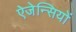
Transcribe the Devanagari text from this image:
ऐजेन्सियों